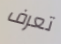
تعرف